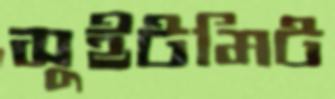
সুইটমিট